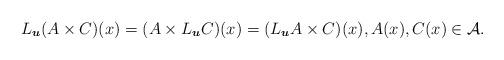
LaTeX: \begin{align*}L_{\boldsymbol{u}}(A\times C)(x)=(A\times L_{\boldsymbol{u}} C)(x)=(L_{\boldsymbol{u}}A\times C)(x),A(x),C(x)\in \mathcal{A}.\end{align*}